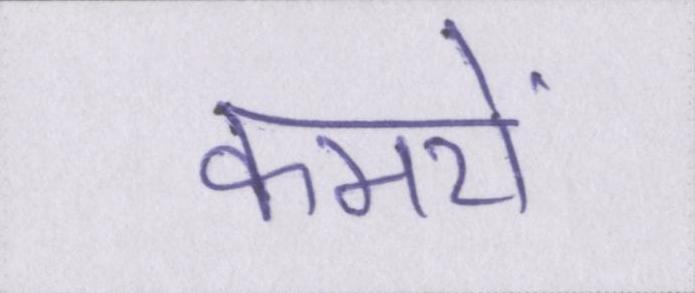
कमरों